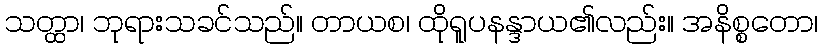
သတ္ထာ၊ ဘုရားသခင်သည်။ တာယစ၊ ထိုရူပနန္ဒာယ၏လည်း။ အနိစ္စတော၊